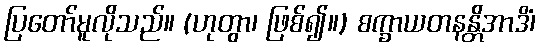
ပြတော်မူလိုသည်။ (ဟုတွာ၊ ဖြစ်၍။) စက္ခာယတနန္တိအာဒိံ၊